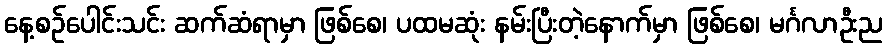
နေ့စဉ်ပေါင်းသင်း ဆက်ဆံရာမှာ ဖြစ်စေ၊ ပထမဆုံး နမ်းပြီးတဲ့နောက်မှာ ဖြစ်စေ၊ မင်္ဂလာဦးည